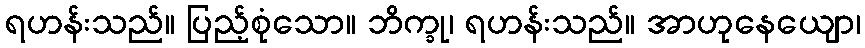
ရဟန်းသည်။ ပြည့်စုံသော။ ဘိက္ခု၊ ရဟန်းသည်။ အာဟုနေယျော၊